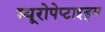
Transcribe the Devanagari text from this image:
म्यूरोपेप्टाइड्स